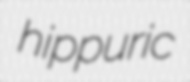
hippuric